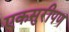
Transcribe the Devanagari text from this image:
एकसुरीपण